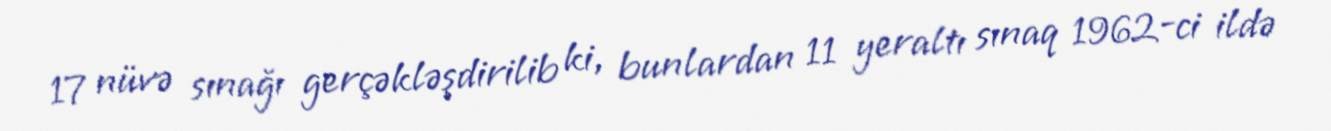
17 nüvə sınağı gerçəkləşdirilib ki, bunlardan 11 yeraltı sınaq 1962-ci ildə